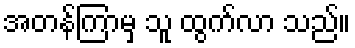
အတန်ကြာမှ သူ ထွက်လာ သည်။